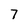
Character: 7